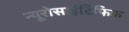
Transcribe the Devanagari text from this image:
न्यूरोसाइंटिफिक